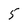
Character: 5